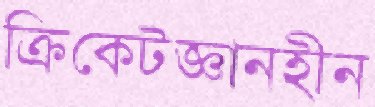
ক্রিকেটজ্ঞানহীন